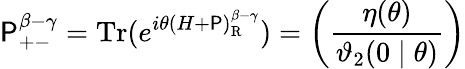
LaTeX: \mathsf{P}_{+-}^{\beta-\gamma}=\mathrm{{Tr}}(e^{i\theta(H+\mathsf{P})_{\mathrm{{R}}}^{\beta-\gamma}})=\left(\frac{{\eta(\theta)}}{{\mathcal{{\vartheta}}_{2}(0\mid\theta)}}\right)